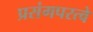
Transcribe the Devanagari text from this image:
प्रसंगपरत्वे